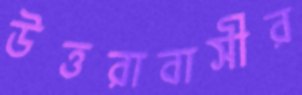
উত্তরাবাসীর